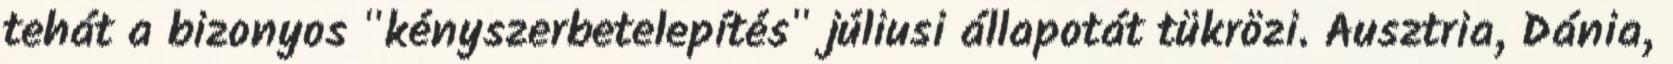
tehát a bizonyos "kényszerbetelepítés" júliusi állapotát tükrözi. Ausztria, Dánia,